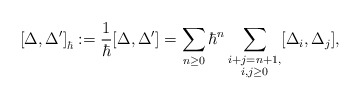
\begin{align*} \left[\Delta,\Delta'\right]_\hbar:= \frac{1}{\hbar}[\Delta, \Delta']=\sum_{n\geq 0} \hbar^n \sum_{ \substack{i+j=n+1,\\ i, j \geq 0}}[\Delta_{i},\Delta_{j}],\end{align*}